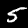
Label: 5